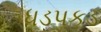
ધડપકડ